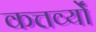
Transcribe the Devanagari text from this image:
कत्तर्व्यों